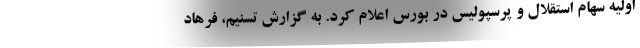
اولیه سهام استقلال و پرسپولیس در بورس اعلام کرد. به گزارش تسنیم، فرهاد